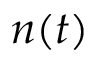
n ( t )